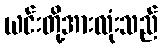
ယင်းတို့အားလုံးသည်